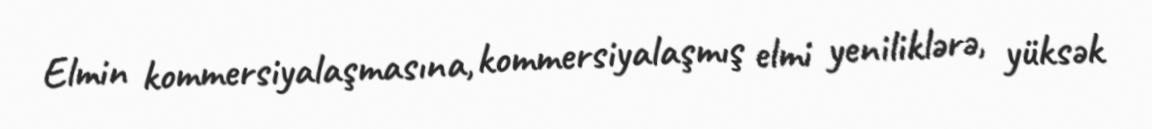
Elmin kommersiyalaşmasına, kommersiyalaşmış elmi yeniliklərə, yüksək